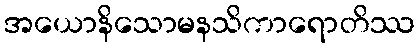
အယောနိသောမနသိကာရောတိဿ